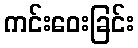
ကင်းဝေးခြင်း